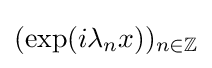
(\exp(i\lambda _{n}x))_{n\in \mathbb {Z} }